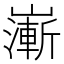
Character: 𡽻